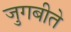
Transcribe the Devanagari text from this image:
जुगबीते